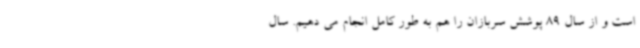
است و از سال 89 پوشش سربازان را هم به طور کامل انجام می دهیم. سال